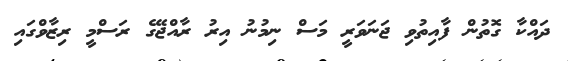
ދައްކާ ގޮތުން ފާއިތުވި ޖަނަވަރީ މަސް ނިމުނު އިރު ރާއްޖޭގެ ރަސްމީ ރިޒާވްގައި